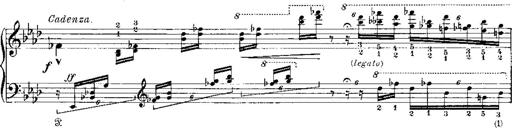
Title: Miserere du Trovatore
Composer: Franz Liszt